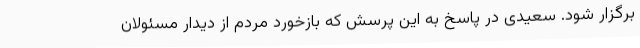
برگزار شود. سعیدی در پاسخ به این پرسش که بازخورد مردم از دیدار مسئولان